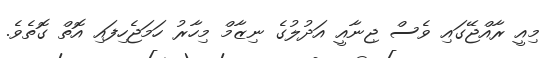
މިއީ ރާއްޖޭގައި ވެސް ޖިނާއީ އަދުލުގެ ނިޒާމް މިހާރު ހަމަޖެހިފައި އޮތް ގޮތެވެ.